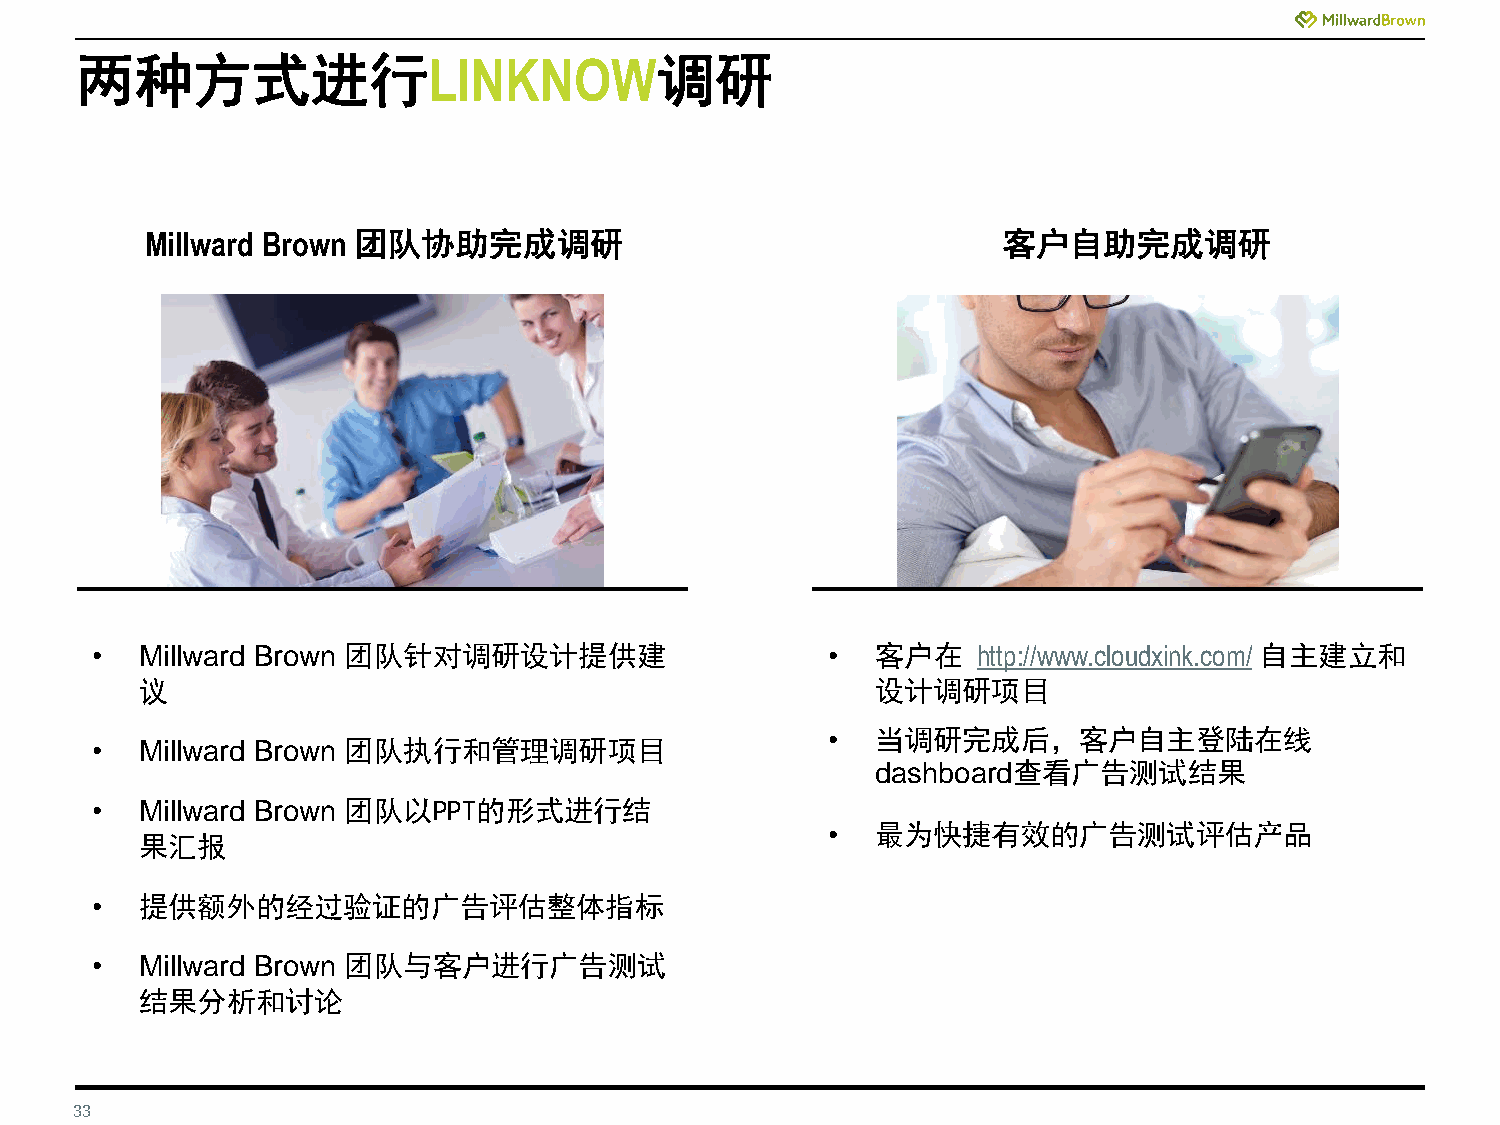
两种方式进行LINKNOW调研
 Millward Brown 团队协助完成调研                                 客户自助完成调研
 •  Millward Brown 团队针对调研设计提供建                    •  客户在    http://www.cloudxink.com/ 自主建立和
 议                                                设计调研项目
 •  当调研完成后，客户自主登陆在线
 •  Millward Brown 团队执行和管理调研项目
 dashboard查看广告测试结果
 •  Millward Brown 团队以PPT的形式进行结
 •  最为快捷有效的广告测试评估产品
 果汇报
 •  提供额外的经过验证的广告评估整体指标
 •  Millward Brown 团队与客户进行广告测试
 结果分析和讨论
 33